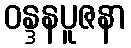
ဝန္ဒနပူဇနာ